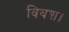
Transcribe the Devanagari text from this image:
विवश।